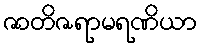
ဇာတိဇရာမရဏိယာ